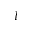
l